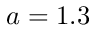
a = 1 . 3